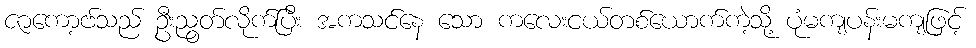
ဇာကော့ဗ်သည် ဦးညွတ်လိုက်ပြီး အကသင်နေ သော ကလေးငယ်တစ်ယောက်ကဲ့သို့ ပုံမကျပန်းမကျဖြင့်